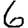
Digit: 6